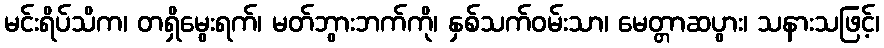
မင်းရိပ်သိက၊ တရှိမွေးရက်၊ မတ်ဘွားဘက်ကို၊ နှစ်သက်ဝမ်းသာ၊ မေတ္တာဆပွား၊ သနားသဖြင့်၊